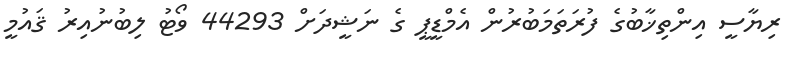
ރިޔާސީ އިންތިޚާބުގެ ފުރަތަމަބުރުން އެމްޑީޕީ ގެ ނަޝީދަށް 44293 ވޯޓު ލިބުނުއިރު ޤައުމީ